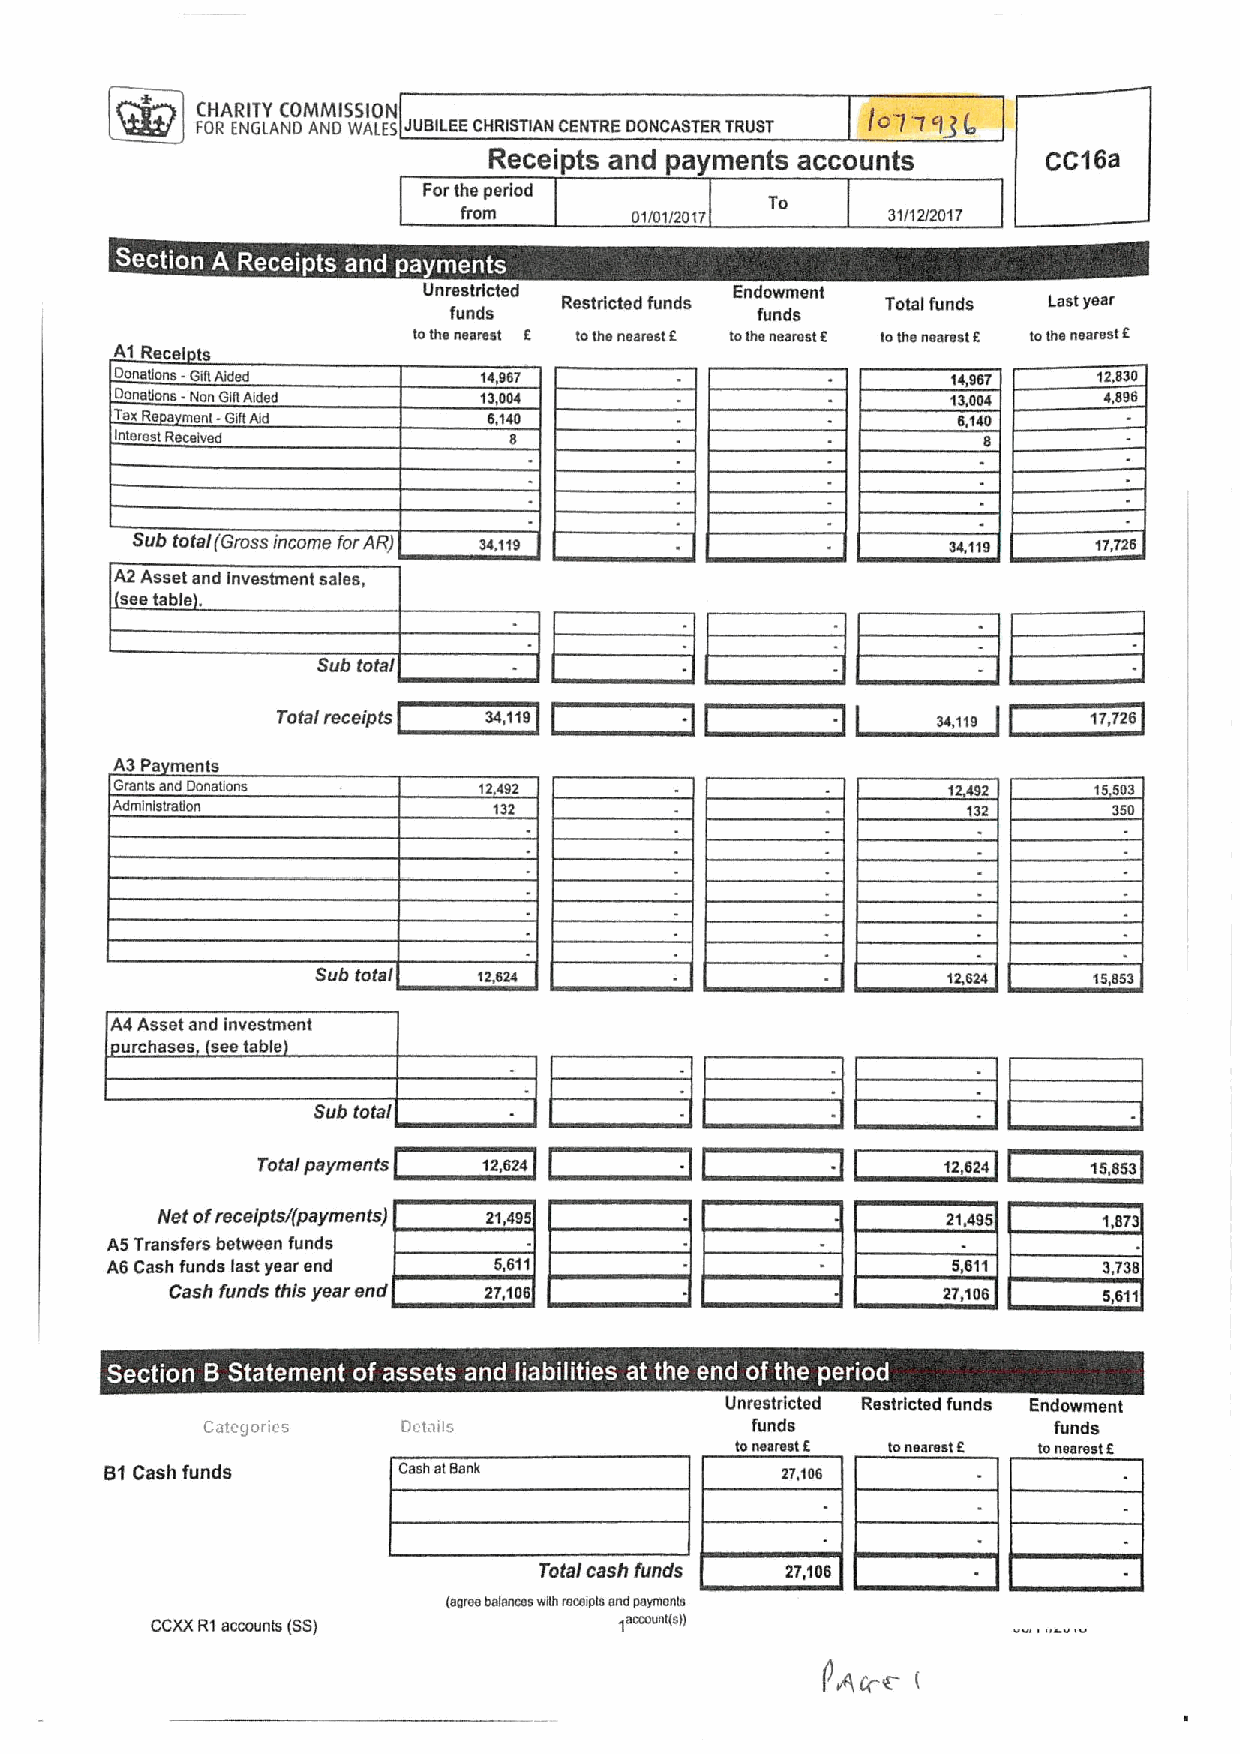
FC OH RAR INIT EY (ANC DOM ANM DIS WSI AO (N
 65 JUBILEECHRISTIAN CENTRE DONCASTER TRUST
 l'571'I
 93t,
 Receipts and payments accounts       CC16a
 Forthe period
 To
 from        01/01/2017       31/I2(2017
 '
 ~       ~  ~ ~ ~
 Unrestricted         End0wment
 Total funds Last year
 funds               funds
 lolhs neatest 6 lothe nosiest 5 lofhs ossrsst r. lothe ossrsst 6 tolhs nssrsslt
 A1 Recel ts
 Docsaocs -GiltNdsd      14967                                    12AG0
 Docslkms -NocGillAided  13004                          13604     4,696
 TsxRs mscl - GiftAid                                   6140
 Interest Received
 Sub total (Grossincome forAR) 34.119                  34,119   17,726
 A2 Asset and Investment sales
 see table
 Sub total
 .
 Total receipts 34119       ~                34119     17725
 A3 Pa ments
 Grscls scd Donseocs     12492                          1 492    15593
 Admlclslrslioc            132                            132
 Sub total                                          15,553
 A4 Asset and Investment
 urchases seetable
 Sub total
 .         .
 Total payments 12,624                        12,624    15,ss3
 Net of/'sceipts((payments) 21,495                    21,495    1,873
 A5Transfers between funds
 AS Cash funds last year end 6,511                       5,011     3,739
 Cash funds this year end 2T,105                    27,100     5,611
 ~  ~                  ~ ~ ~          ~ ~   ~  ~ ~
 Unrestricted Restricted funds Endowment
 CateScries   Dc(oils                funds               funds
 tormsrsst 6 lonearest 6 tonearest 5
 Bf Cash funds      Cosh slSank               27,106
 Total cash funds 27,106
 (sgrss hslsccss wfarscsipls sodpsrmscls
 CCXXR1accounts (SSI            18ccovcl(s))